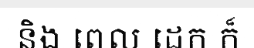
និង ពេល ដេក ក៏